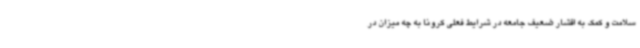
سلامت و کمک به اقشار ضعیف جامعه در شرایط فعلی کرونا به چه میزان در